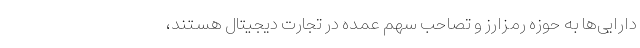
دارایی‌ها به حوزه رمزارز و تصاحب سهم عمده در تجارت دیجیتال هستند،